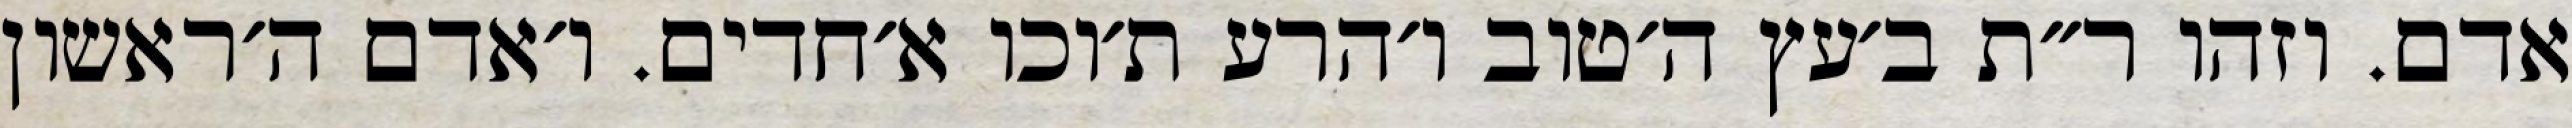
אדם. וזהו ר״ת ב׳עץ ה׳טוב ו׳הרע ת׳וכו א׳חדים. ו׳אדם ה׳ראשון